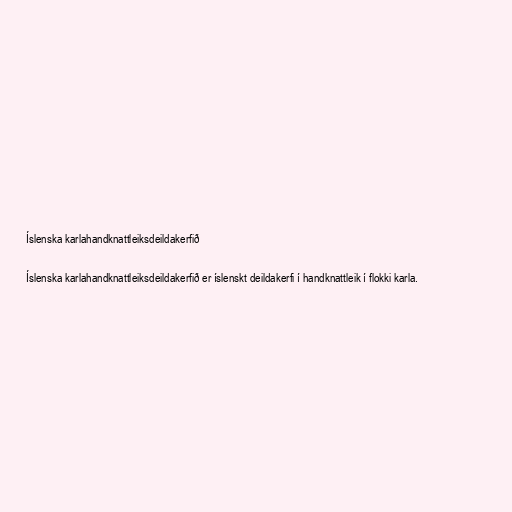
Íslenska karlahandknattleiksdeildakerfið

Íslenska karlahandknattleiksdeildakerfið er íslenskt deildakerfi í handknattleik í flokki karla.